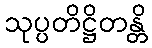
သုပ္ပတိဋ္ဌိတန္တိ